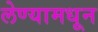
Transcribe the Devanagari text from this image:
लेण्यामधून